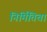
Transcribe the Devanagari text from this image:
निर्मितिचा